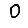
Digit: 0